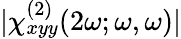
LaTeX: \lvert\chi_{xyy}^{(2)}(2\omega;\omega,\omega)\rvert